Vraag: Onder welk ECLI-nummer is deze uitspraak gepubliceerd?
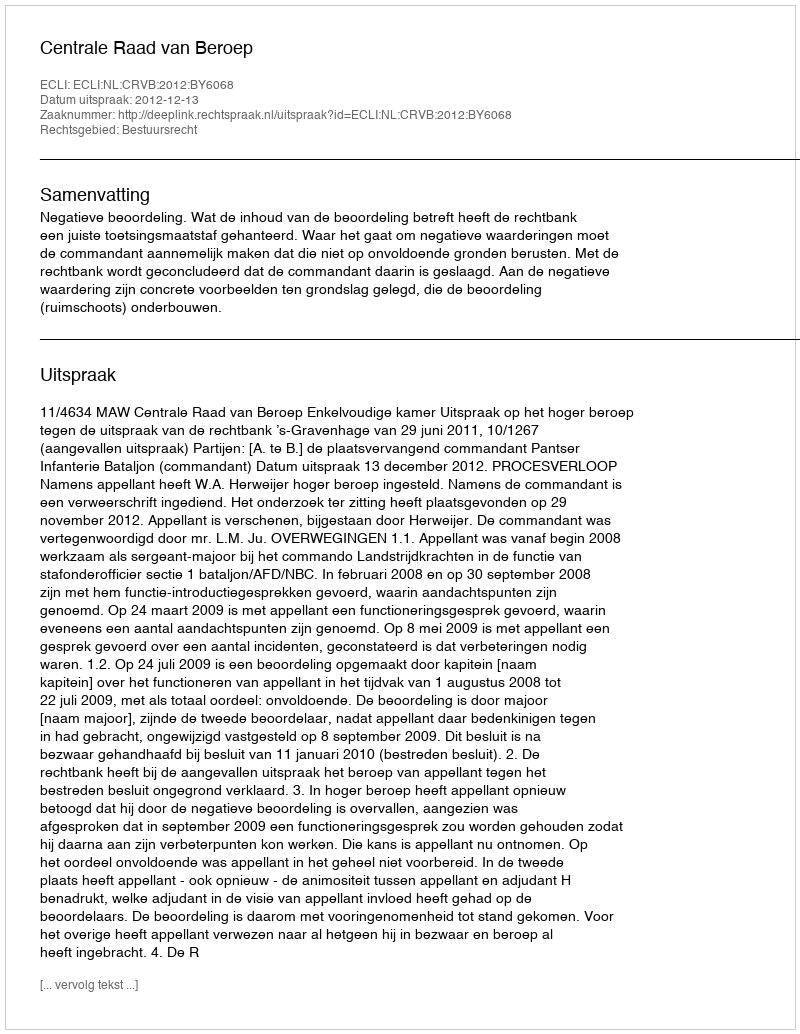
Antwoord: ECLI:NL:CRVB:2012:BY6068